Vaccination Hyderabad 1890-1903 - 1890-1903
Year: 1890
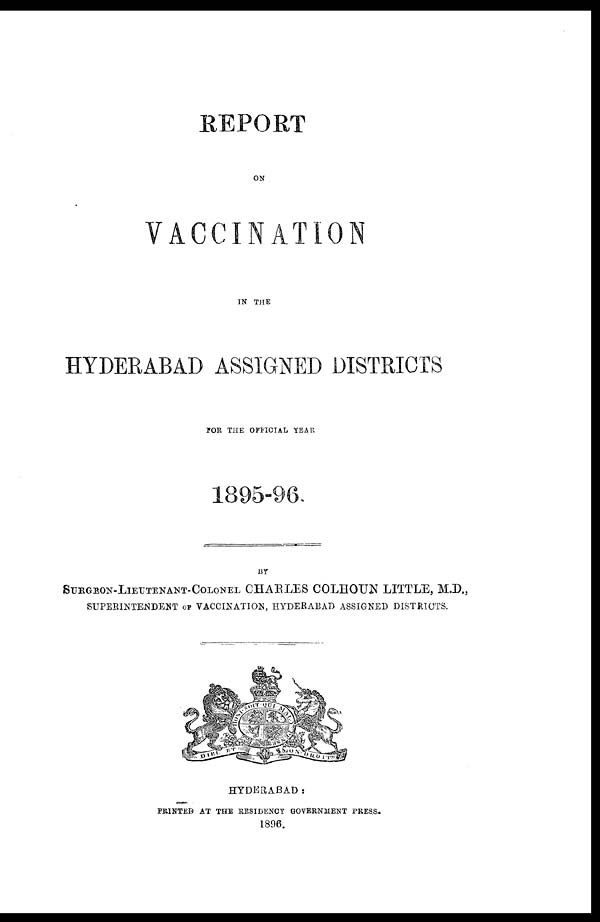
REPORT
ON
VACCINATION
IN THE
HYDERABAD ASSIGNED DISTRICTS
FOR THE OFFICIAL YEAR
1895-96.
BY
SURGEON-LIEUTENANT-COLONEL CHARLES COLHOUN LITTLE, M.D.,
SUPERINTENDENT OF VACCINATION, HYDERABAD ASSIGNED DISTRICTS.
HYDERABAD:
PRINTED AT THE RESIDENCY GOVERNMENT PRESS.
1896.